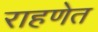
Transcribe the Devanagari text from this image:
राहणेत